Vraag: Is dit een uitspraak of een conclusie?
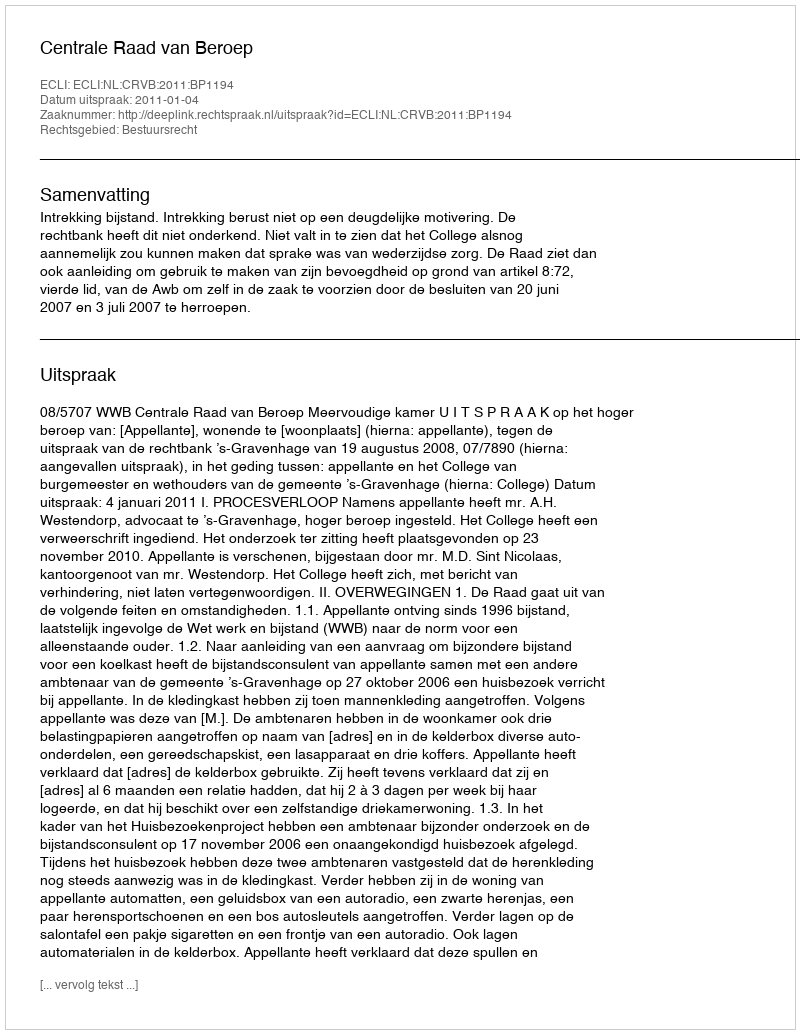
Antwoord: Uitspraak